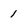
Character: 1